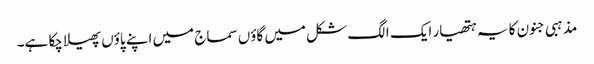
مذہبی جنون کا یہ ہتھیار ایک الگ شکل میں گاؤں سماج میں اپنے پاؤں پھیلا چکا ہے۔